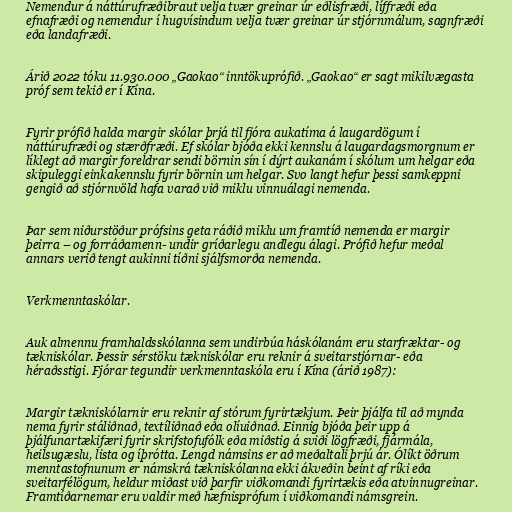
Nemendur á náttúrufræðibraut velja tvær greinar úr eðlisfræði, líffræði eða
efnafræði og nemendur í hugvísindum velja tvær greinar úr stjórnmálum, sagnfræði
eða landafræði.

Árið 2022 tóku 11.930.000 „Gaokao“ inntökuprófið. „Gaokao“ er sagt mikilvægasta
próf sem tekið er í Kína.

Fyrir prófið halda margir skólar þrjá til fjóra aukatíma á laugardögum í
náttúrufræði og stærðfræði. Ef skólar bjóða ekki kennslu á laugardagsmorgnum er
líklegt að margir foreldrar sendi börnin sín í dýrt aukanám í skólum um helgar eða
skipuleggi einkakennslu fyrir börnin um helgar. Svo langt hefur þessi samkeppni
gengið að stjórnvöld hafa varað við miklu vinnuálagi nemenda.

Þar sem niðurstöður prófsins geta ráðið miklu um framtíð nemenda er margir
þeirra – og forráðamenn- undir gríðarlegu andlegu álagi. Prófið hefur meðal
annars verið tengt aukinni tíðni sjálfsmorða nemenda.

Verkmenntaskólar.

Auk almennu framhaldsskólanna sem undirbúa háskólanám eru starfræktar- og
tækniskólar. Þessir sérstöku tækniskólar eru reknir á sveitarstjórnar- eða
héraðsstigi. Fjórar tegundir verkmenntaskóla eru í Kína (árið 1987):

Margir tækniskólarnir eru reknir af stórum fyrirtækjum. Þeir þjálfa til að mynda
nema fyrir stáliðnað, textíliðnað eða olíuiðnað. Einnig bjóða þeir upp á
þjálfunartækifæri fyrir skrifstofufólk eða miðstig á sviði lögfræði, fjármála,
heilsugæslu, lista og íþrótta. Lengd námsins er að meðaltali þrjú ár. Ólíkt öðrum
menntastofnunum er námskrá tækniskólanna ekki ákveðin beint af ríki eða
sveitarfélögum, heldur miðast við þarfir viðkomandi fyrirtækis eða atvinnugreinar.
Framtíðarnemar eru valdir með hæfnisprófum í viðkomandi námsgrein.